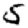
Digit: 5